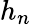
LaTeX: h_{n}